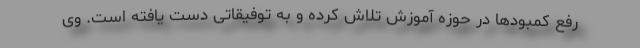
رفع کمبودها در حوزه آموزش تلاش کرده و به توفیقاتی دست یافته است. وی